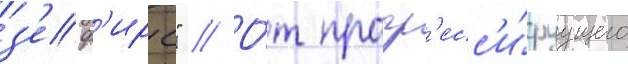
з'еф'ирс" // О́т прогр'есс'и́руущего